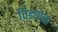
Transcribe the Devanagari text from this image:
विड्याचा